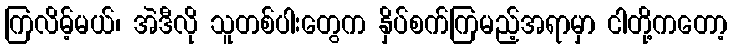
ကြလိမ့်မယ်၊ အဲဒီလို သူတစ်ပါးတွေက နှိပ်စက်ကြမည့်အရာမှာ ငါတို့ကတော့